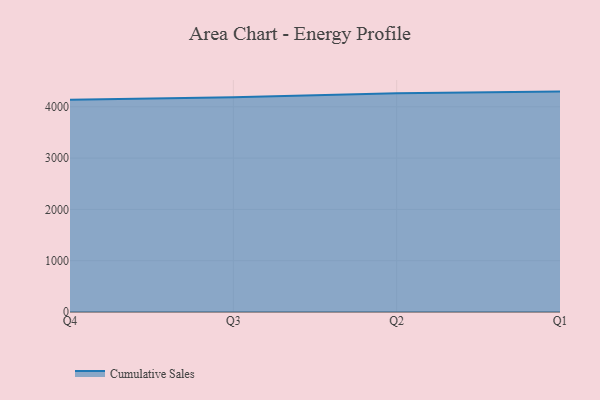
{"axis": {"x": "Quarter", "y": "Customer Acquisition Cost (USD)"}, "legend": ["Cumulative Sales"], "data": [{"x": "Q4", "y": 4138.0, "type": "Cumulative Sales"}, {"x": "Q3", "y": 4188.5, "type": "Cumulative Sales"}, {"x": "Q2", "y": 4262.5, "type": "Cumulative Sales"}, {"x": "Q1", "y": 4296.4, "type": "Cumulative Sales"}]}